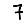
Digit: 7